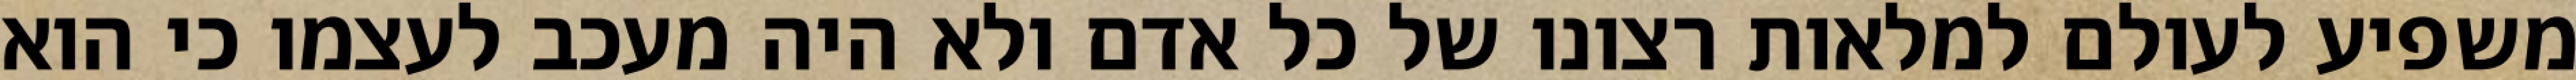
משפיע לעולם למלאות רצונו של כל אדם ולא היה מעכב לעצמו כי הוא